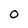
Character: O